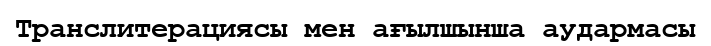
Транслитерациясы мен ағылшынша аудармасы